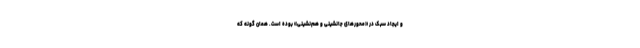
و ایجاد سبک در «محورهای جانشینی و هم‌نشینی» بوده است. همان گونه که